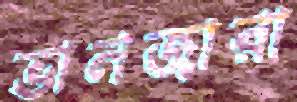
ভানজারা